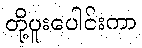
တို့ပူးပေါင်းကာ